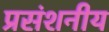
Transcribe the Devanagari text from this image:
प्रसंशनीय